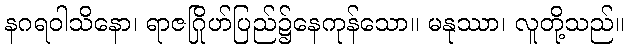
နဂရဝါသိနော၊ ရာဇဂြိုဟ်ပြည်၌နေကုန်သော။ မနုဿာ၊ လူတို့သည်။